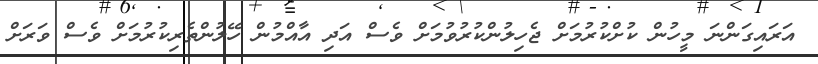
އަރައިގަންނަ މީހުން ކުށްކުރުމަށް ޖެހިލުންކުރުވުމަށް ވެސް އަދި އާއްމުން ހޭލުންތެރިކުރުމަށް ވެސް ވަރަށް